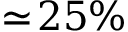
\simeq \! 2 5 \%